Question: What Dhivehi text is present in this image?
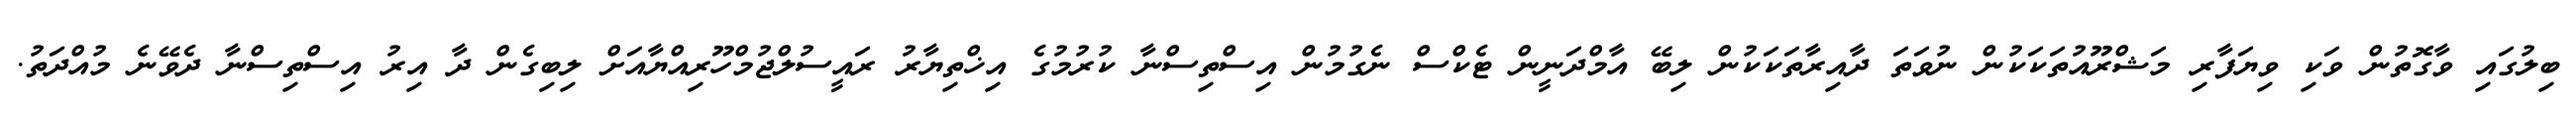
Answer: ބިލުގައި ވާގޮތުން ވަކި ވިޔަފާރި މަޝްރޫއުތަކަކުން ނުވަތަ ދާއިރާތަކަކުން ލިބޭ އާމްދަނީން ޓެކްސް ނެގުމުން އިސްތިސްނާ ކުރުމުގެ އިޚްތިޔާރު ރައީސުލްޖުމްހޫރިއްޔާއަށް ލިބިގެން ދާ އިރު އިސްތިސްނާ ދެވޭނެ މުއްދަތު.